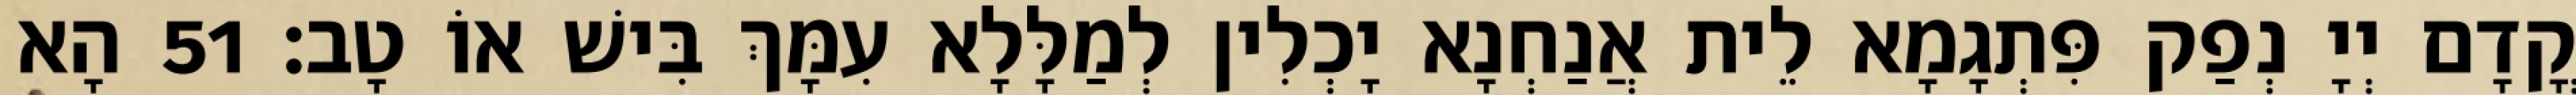
קֳדָם יְיָ נְפַק פִּתְגָמָא לֵית אֲנַחְנָא יָכְלִין לְמַלָּלָא עִמָּךְ בִּישׁ אוֹ טָב׃ 51 הָא